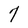
Character: 7